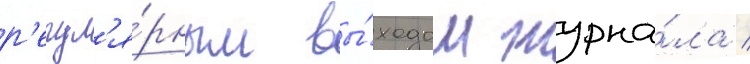
р'егул'я́рным вы́ходом журна́ла /